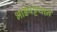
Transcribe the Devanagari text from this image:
भाडेपट्टयाने